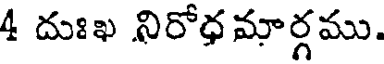
4 దుఃఖ నిరోధమార్గము.